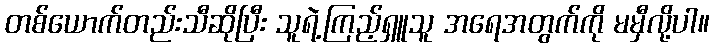
တစ်ယောက်တည်းသီဆိုပြီး သူရဲ့ကြည့်ရှူသူ အရေအတွက်ကို မမှီလို့ပါ။